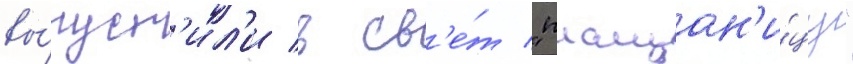
вы́пуст'ил'и в св'е́т "плащан'и́цу"